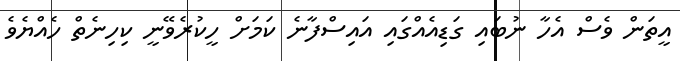
އީތަން ވެސް އެހާ ނުބައި ގަޑިއެއްގައި އައިސްފާނެ ކަމަށް ހީކުރެވޭނީ ކިހިނެތް ހެއްޔެވެ